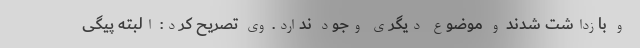
و بازداشت شدند و موضوع دیگری وجود ندارد. وی تصریح کرد: البته پیگی